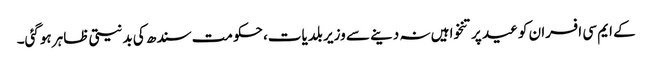
کے ایم سی افسران کو عید پر تنخواہیں نہ دینے سے وزیر بلدیات، حکومت سندھ کی بدنیتی ظاہر ہوگئی۔